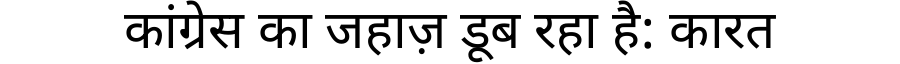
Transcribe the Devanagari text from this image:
कांग्रेस का जहाज़ डूब रहा है: कारत